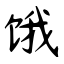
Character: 饿